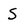
Character: S